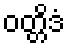
ဝတ္တိဒံ